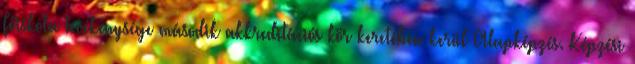
Főiskola tevékenysége második akkreditációs kör keretében kerül Alapképzés. Képzési